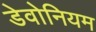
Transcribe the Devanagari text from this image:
डेवोनियम